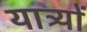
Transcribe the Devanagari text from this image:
यात्र्यों